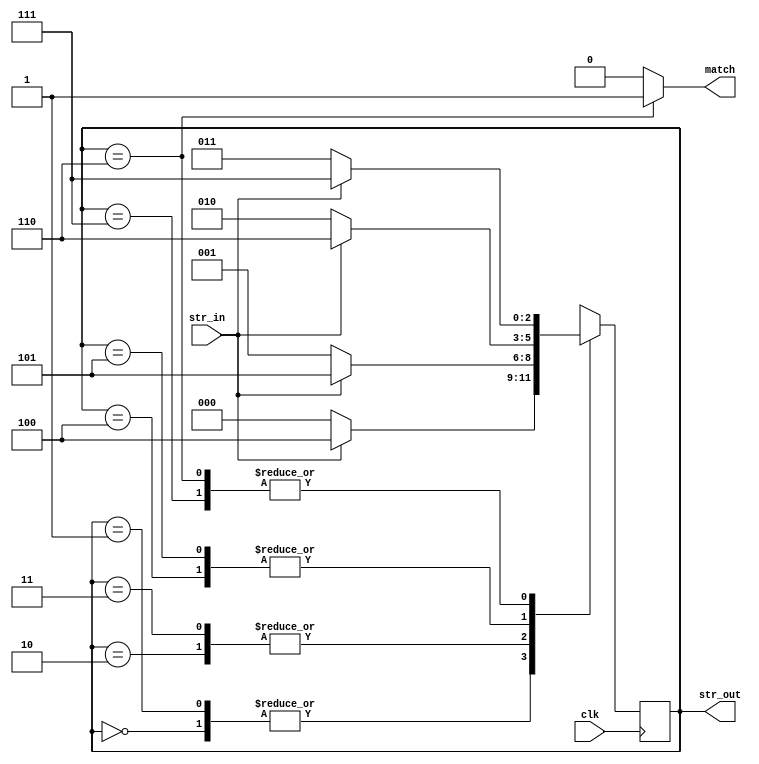
module 
finder(str_out, match, str_in, clk);
    input str_in, clk;
    output [2:0]str_out;
    output match;
    
reg match;
reg [2:0]current_state;
reg [2:0]next_state;
reg [2:0]str_out;

parameter state0 = 3'b000;
parameter state1 = 3'b001;
parameter state2 = 3'b010;
parameter state3 = 3'b011;
parameter state4 = 3'b100;
parameter state5 = 3'b101;
parameter state6 = 3'b110;
parameter state7 = 3'b111;


always@(posedge clk)
begin//CS
 current_state <= next_state;
end 

 
always@(current_state or str_in)
	begin //NS
		case(current_state)
		 state0:
		 next_state = (str_in==1)?state4:state0;
		 state1:
		 next_state = (str_in==1)?state4:state0;
		 state2:
		 next_state = (str_in==1)?state5:state1;
		 state3:
		 next_state = (str_in==1)?state5:state1;
		 state4:
		 next_state = (str_in==1)?state6:state2;
		 state5:
		 next_state = (str_in==1)?state6:state2;
		 state6:
		 next_state = (str_in==1)?state7:state3;
		 state7:
		 next_state = (str_in==1)?state7:state3;
		endcase
	end

always@(current_state)
begin //OL
 case(current_state)
	state6:
	match = 1;
	default match = 0;
endcase

 str_out = current_state;
end

endmodule